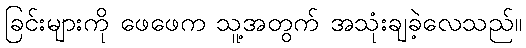
ခြင်းများကို ဖေဖေက သူ့အတွက် အသုံးချခဲ့လေသည်။